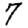
Digit: 7